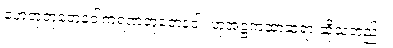
ဟေတုဘူတေနဝါကရဏဘူတေနဝါ၊ ဟုအဋ္ဌကထာဆရာ ဆိုသတည်း။